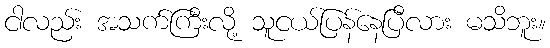
ငါလည်း အသက်ကြီးလို့ သူငယ်ပြန်နေပြီလား မသိဘူး။